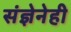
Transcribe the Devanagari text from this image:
संज्ञेनेही